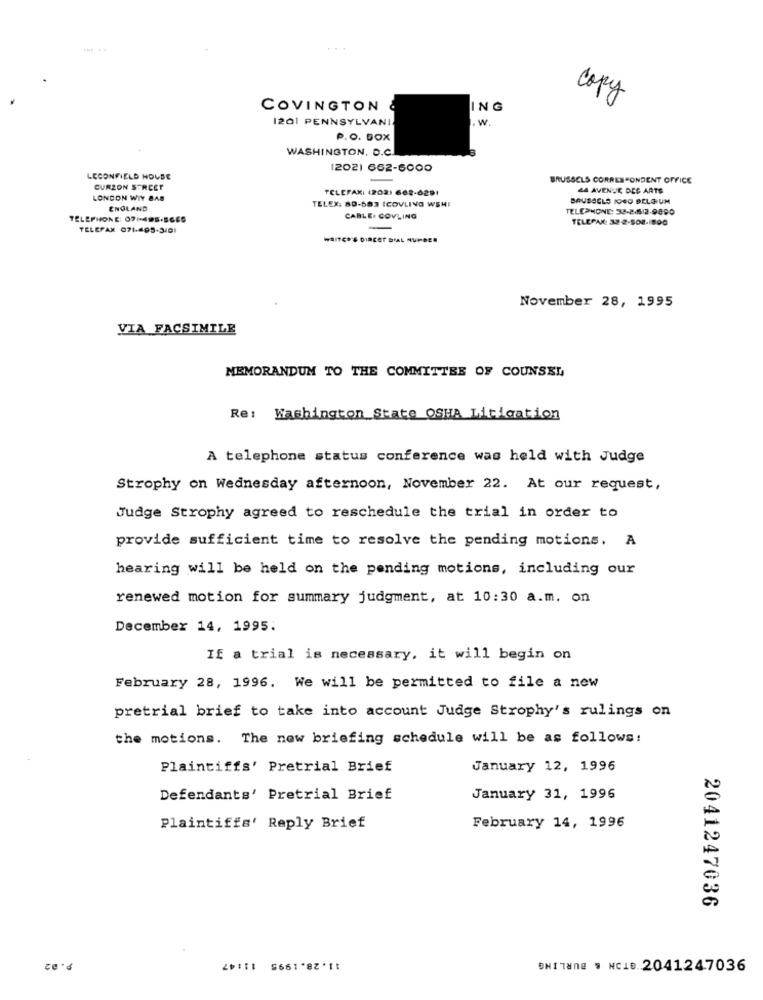
COVINGTON
ING
copy
1201 PENNSYLVANI.
1. w.
P.O. BOX
WASHINGTON, D.C.
12021 662-6000
LECONFIELD HOUSE
BRUSSELS CORRESPONDENT OFFICE
CURZON STREET
TELEFAX: (202) 662-6291
44 AVENUE DES ARTS
LONDON WIY BAS
TELEX: 80-683 ICOVLING WSHI
BAUBALLS 10GO BELGIUM
ENGLAND
TELEPHONE: 33-2-6/2-9890
TELEPHONE: 071-495-5669
CABLE. GOVLING
TELEPAK: 32-2-508-1000
TELEFAX 071-405-3101
WRITER'S DIRCET DIAL NUMBER
November 28, 1995
VIA FACSIMILE
MEMORANDUM TO THE COMMITTEE OF COUNSEL
Re: Washington State OSHA Litigation
A telephone status conference was held with Judge
Strophy on Wednesday afternoon, November 22. At our request,
Judge Strophy agreed to reschedule the trial in order to
provide sufficient time to resolve the pending motions. A
hearing will be held on the pending motions, including our
renewed motion for summary judgment, at 10:30 a.m. on
December 14, 1995:
If a trial is necessary. it will begin on
February 28, 1996. We will be permitted to file a new
pretrial brief to take into account Judge Strophy's rulings on
the motions. The new briefing schedule will be as follows:
Plaintiffs' Pretrial Brief
January 12, 1996
Defendants' Pretrial Brief
January 31, 1996
February 14, 1996
Plaintiffs' Reply Brief
2041247036
20:11 966182'
ONI Tane $ NC1.2041247036